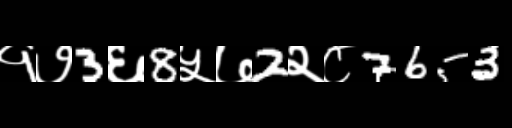
Text: १७3६8५७2२८7653